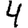
Digit: 4